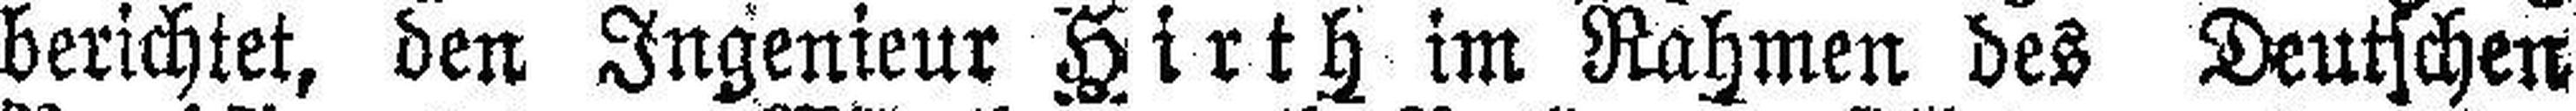
berichtet, den Ingenieur Hirth im Rahmen des Deutschen